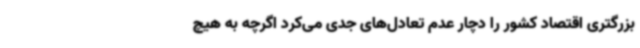
بزرگتری اقتصاد کشور را دچار عدم تعادل‌های جدی می‌کرد اگرچه به هیچ